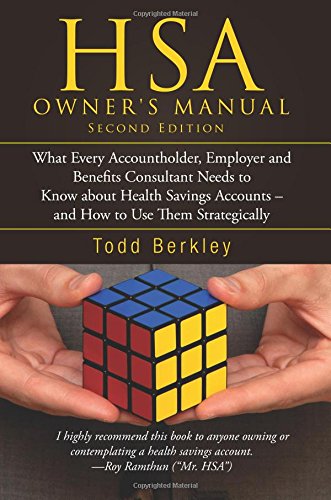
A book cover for HSA Owner's Manual - Second Edition: What Every Accountholder, Employer, and Benefits Consultant Needs to Know about Health Savings Accounts---and How to Use Them Strategically; Todd Berkley; Business & Money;